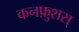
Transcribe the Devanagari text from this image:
कनफ़ुशस्